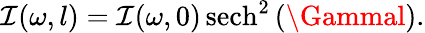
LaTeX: \mathcal{I}(\omega,l)=\mathcal{I}(\omega,0)\operatorname{sech}^{2}{(\Gammal)}.